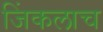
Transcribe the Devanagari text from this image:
जिंकलाच